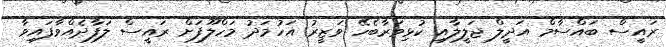
ރައީސް ބައްސާމް އަދީލް ޖަލީލާއި ކުޅިވަރާބެހޭ ވަޒީރު އަހުމަދު މަހްލޫފަށް ރައީސް ލަފާދެއްްވާފައިވާ